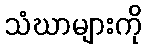
သံဃာများကို